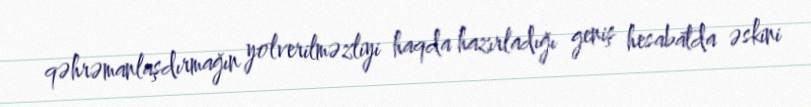
qəhrəmanlaşdırmağın yolverilməzliyi haqda hazırladığı geniş hesabatda əskini